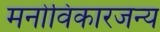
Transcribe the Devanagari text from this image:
मनोविकारजन्य